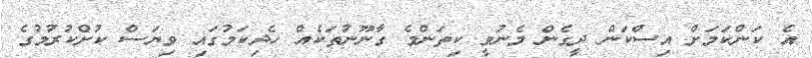
އެ ކަންކަމަށް އިސްކަން ދީގެން މެނުވީ ކިތަންމެ ގާނޫނުތަކެއް ހެދިކަމުގައި ވިޔަސް ކުށްކުރުމުގެ